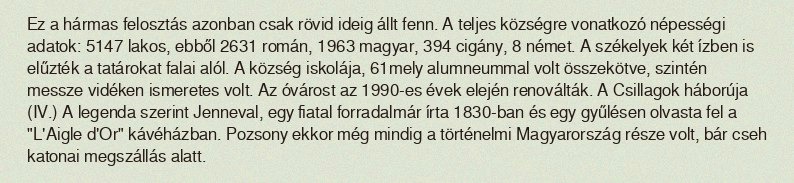
Ez a hármas felosztás azonban csak rövid ideig állt fenn. A teljes községre vonatkozó népességi adatok: 5147 lakos, ebből 2631 román, 1963 magyar, 394 cigány, 8 német. A székelyek két ízben is elűzték a tatárokat falai alól. A község iskolája, 61mely alumneummal volt összekötve, szintén messze vidéken ismeretes volt. Az óvárost az 1990-es évek elején renoválták. A Csillagok háborúja (IV.) A legenda szerint Jenneval, egy fiatal forradalmár írta 1830-ban és egy gyűlésen olvasta fel a "L'Aigle d'Or" kávéházban. Pozsony ekkor még mindig a történelmi Magyarország része volt, bár cseh katonai megszállás alatt.